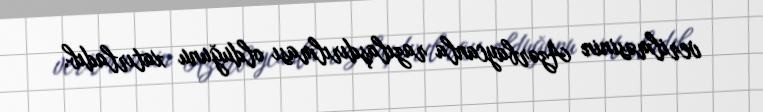
verilməsinin Azərbaycanla razılaşdırılması olduğunu xatırladıb.